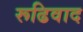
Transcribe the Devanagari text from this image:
रूढिवाद